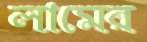
লামের